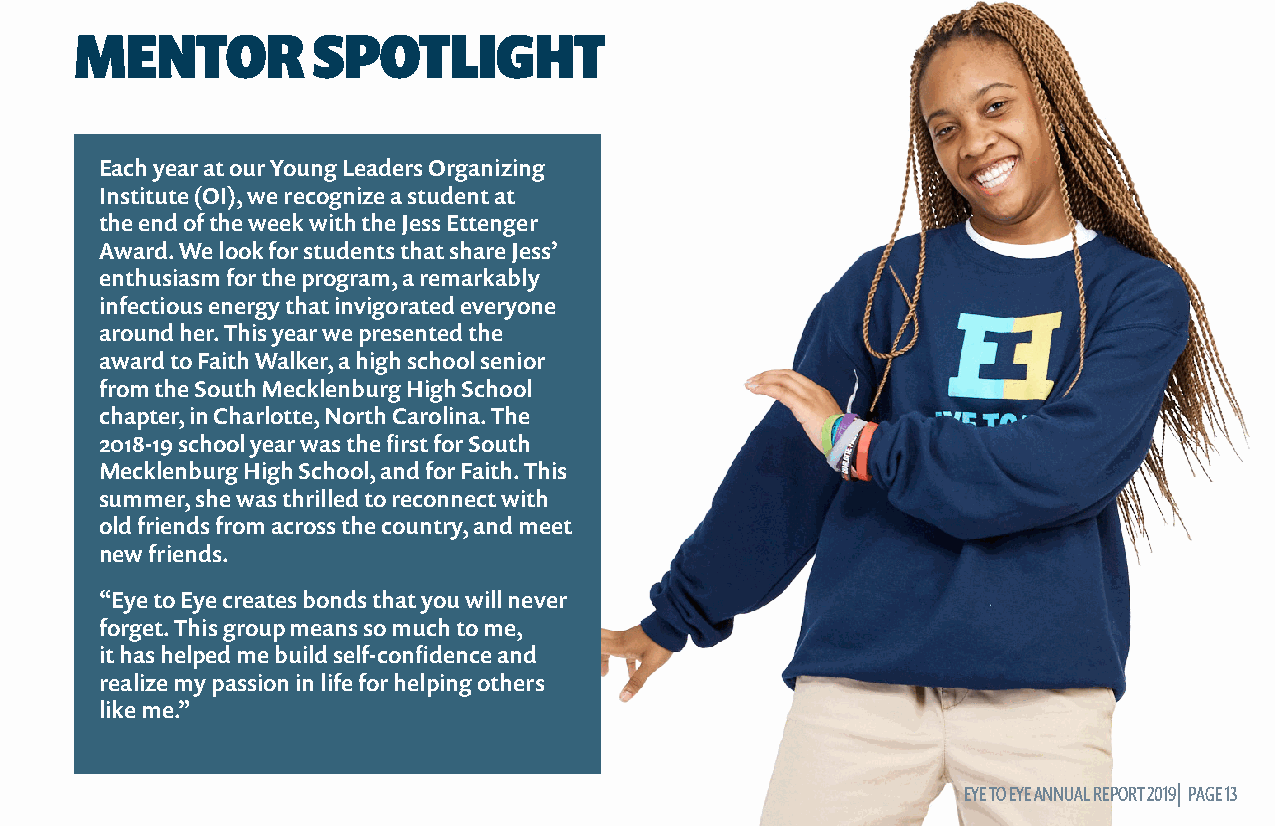
MENTOR          SPOTLIGHT
 Each year at our Young Leaders Organizing
 Institute (OI), we recognize a student at
 the end of the week with the Jess Ettenger
 Award. We look for students that share Jess’
 enthusiasm for the program, a remarkably
 infectious energy that invigorated everyone
 around her. This year we presented the
 award to Faith Walker, a high school senior
 from the South Mecklenburg High School
 chapter, in Charlotte, North Carolina. The
 2018-19 school year was the first for South
 Mecklenburg High School, and for Faith. This
 summer, she was thrilled to reconnect with
 old friends from across the country, and meet
 new friends.
 “Eye to Eye creates bonds that you will never
 forget. This group means so much to me,
 it has helped me build self-confidence and
 realize my passion in life for helping others
 like me.”
 EEYYEE TTOO EEYYEE AANNNNUUAALL RREEPPOORRTT 22001199|| PPAAGGEE 1133